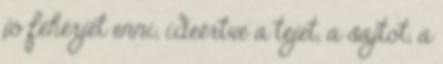
jó fehérjét enni, ideértve a tejet, a sajtot, a